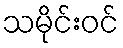
သမိုင်းဝင်